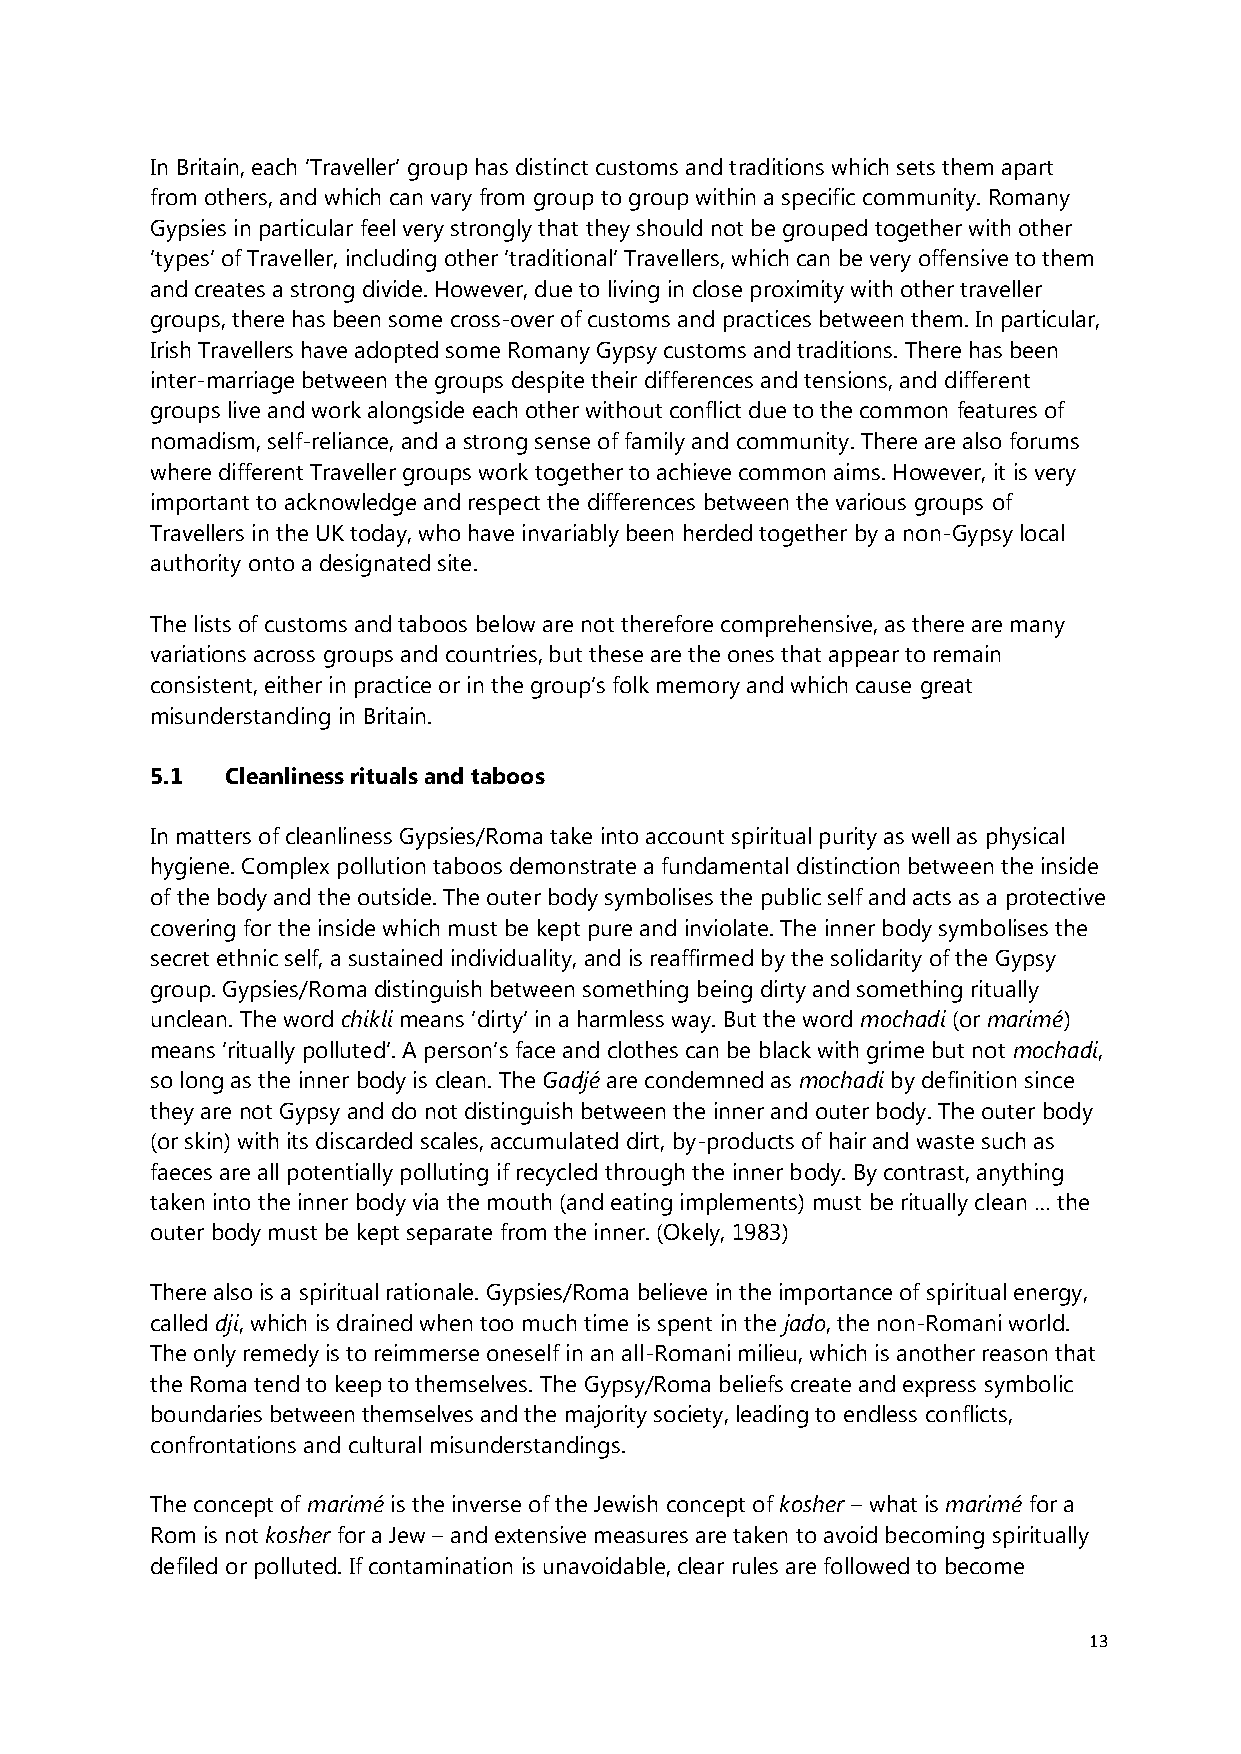
In Britain, each ‘Traveller’ group has distinct customs and traditions which sets them apart
 from others, and which can vary from group to group within a specific community. Romany
 Gypsies in particular feel very strongly that they should not be grouped together with other
 ‘types’ of Traveller, including other ‘traditional’ Travellers, which can be very offensive to them
 and creates a strong divide. However, due to living in close proximity with other traveller
 groups, there has been some cross-over of customs and practices between them. In particular,
 Irish Travellers have adopted some Romany Gypsy customs and traditions. There has been
 inter-marriage between the groups despite their differences and tensions, and different
 groups live and work alongside each other without conflict due to the common features of
 nomadism, self-reliance, and a strong sense of family and community. There are also forums
 where different Traveller groups work together to achieve common aims. However, it is very
 important to acknowledge and respect the differences between the various groups of
 Travellers in the UK today, who have invariably been herded together by a non-Gypsy local
 authority onto a designated site.
 The lists of customs and taboos below are not therefore comprehensive, as there are many
 variations across groups and countries, but these are the ones that appear to remain
 consistent, either in practice or in the group’s folk memory and which cause great
 misunderstanding in Britain.
 5.1  Cleanliness rituals and taboos
 In matters of cleanliness Gypsies/Roma take into account spiritual purity as well as physical
 hygiene. Complex pollution taboos demonstrate a fundamental distinction between the inside
 of the body and the outside. The outer body symbolises the public self and acts as a protective
 covering for the inside which must be kept pure and inviolate. The inner body symbolises the
 secret ethnic self, a sustained individuality, and is reaffirmed by the solidarity of the Gypsy
 group. Gypsies/Roma distinguish between something being dirty and something ritually
 unclean. The word chikli means ‘dirty’ in a harmless way. But the word mochadi (or marimé)
 means ‘ritually polluted’. A person’s face and clothes can be black with grime but not mochadi,
 so long as the inner body is clean. The Gadjé are condemned as mochadi by definition since
 they are not Gypsy and do not distinguish between the inner and outer body. The outer body
 (or skin) with its discarded scales, accumulated dirt, by-products of hair and waste such as
 faeces are all potentially polluting if recycled through the inner body. By contrast, anything
 taken into the inner body via the mouth (and eating implements) must be ritually clean … the
 outer body must be kept separate from the inner. (Okely, 1983)
 There also is a spiritual rationale. Gypsies/Roma believe in the importance of spiritual energy,
 called dji, which is drained when too much time is spent in the jado, the non-Romani world.
 The only remedy is to reimmerse oneself in an all-Romani milieu, which is another reason that
 the Roma tend to keep to themselves. The Gypsy/Roma beliefs create and express symbolic
 boundaries between themselves and the majority society, leading to endless conflicts,
 confrontations and cultural misunderstandings.
 The concept of marimé is the inverse of the Jewish concept of kosher – what is marimé for a
 Rom is not kosher for a Jew – and extensive measures are taken to avoid becoming spiritually
 defiled or polluted. If contamination is unavoidable, clear rules are followed to become
 13